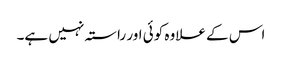
اس کے علاوہ کوئی اور راستہ نہیں ہے۔